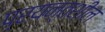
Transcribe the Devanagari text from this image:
प्रयन्तशील